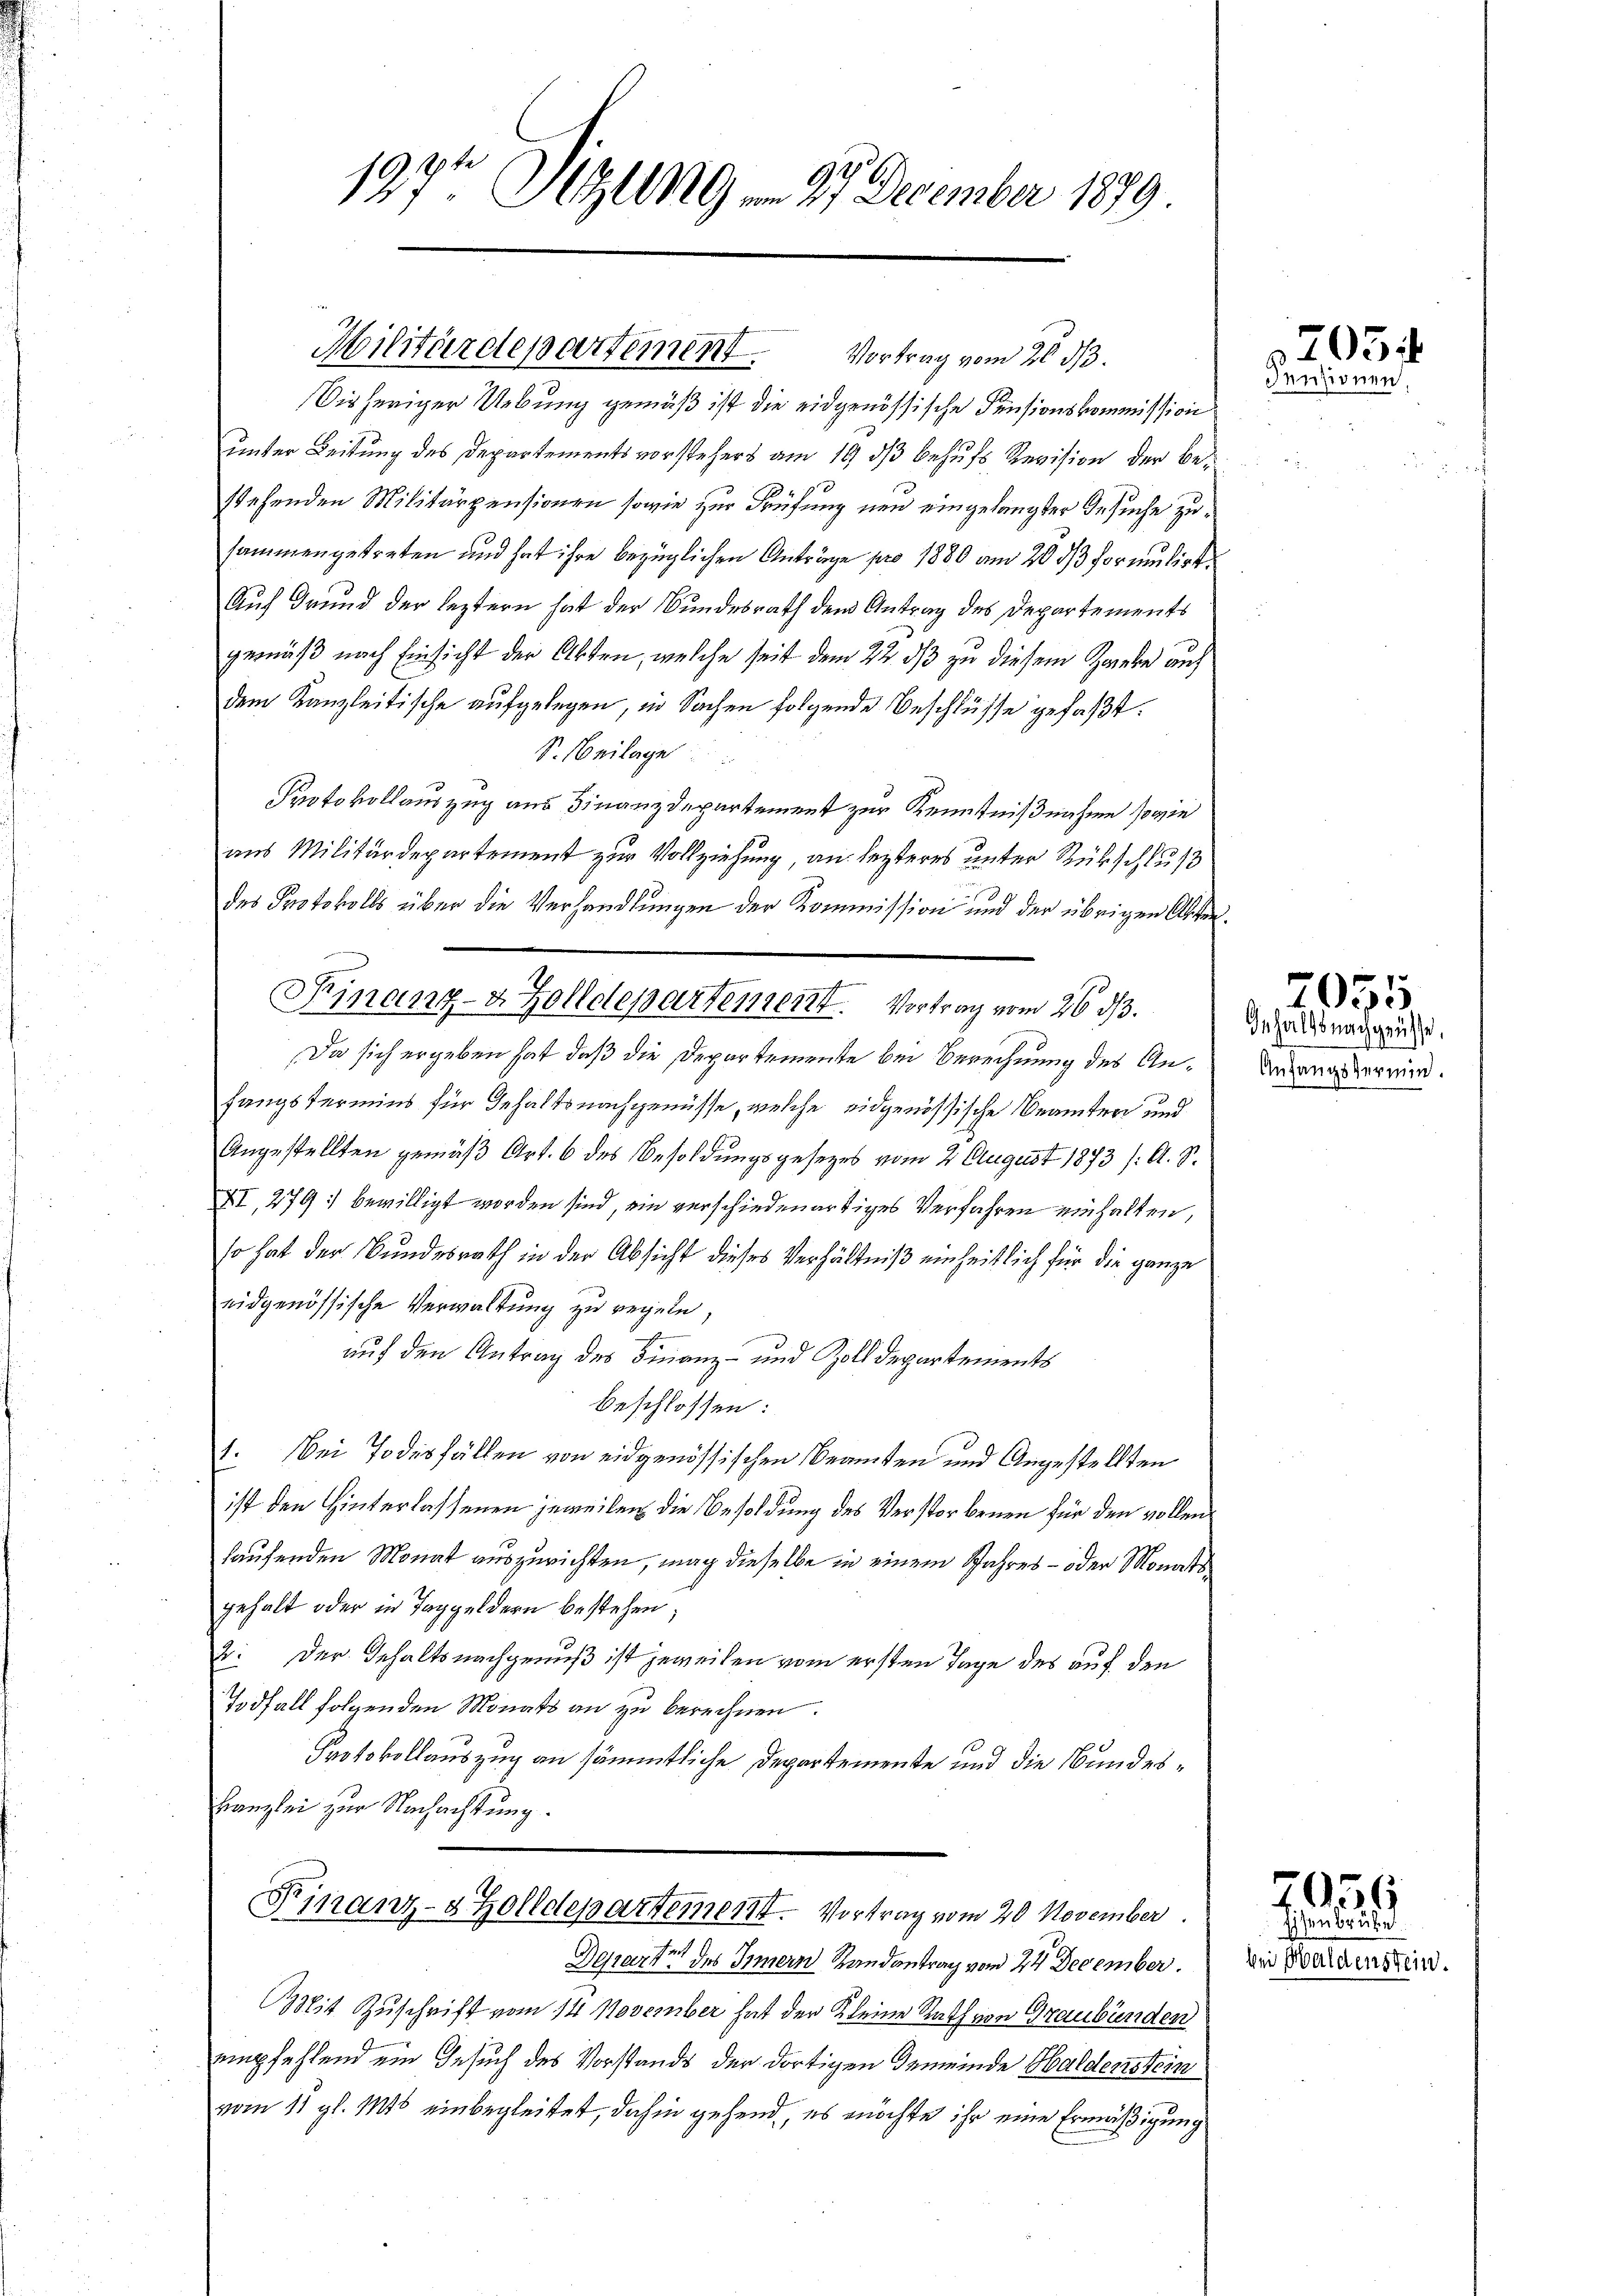
Disheriger Uebung gemäß ist die eidgenössische Pensionskommission
unter Leitung des Departementsvorstehers am 19. ds behufs Revision der Bestehenden Militärpensionen sowie zur Prüfung neu eingelangter Gesuche zusammengetreten und hat ihre bezüglichen Anträge pro 1880 am 20. ds formulirt.
Auf Grund der leztern hat der Bundesrath dem Antrag des Departements
gemäß nach Einsicht der Akten, welche seit dem 22. ds zu diesem Zwiebe auf
dem Kanzleitische aufgelegen, in Sachen folgende Beschlüsse gefaßt:
S. Beilage
Protokollauszug aus Finanzdepartement zur Kenntnißnahme sowie
aus Militärdepartement zur Vollziehung, an lezteres unter Rückschluß
des Protokolls über die Verhandlungen der Kommission und der übrigen Absten
Da sich ergeben hat, daß die Departemente bei Berechnung des Anfangstermins für Gehalts nachgenüsse, welche eidgenössische Beamten und
Angestellten gemäß Art. 6 des Besoldungsgesezes vom 2 August 1873 /: A. S.
XI, 279) bewilligt worden sind, ein verschiedenartiges Verfahren einhalten,
so hat der Bundesrath in der Absicht dieses Verhältniß einheitlich für die ganze
eidgenössische Verwaltung zu regeln,
auf den Antrag des Finanz- und Zolldepartements
beschlossen:
1. Bei Todesfällen von eidgenössischen Beamten und Angestellten
ist den Hinterlassenen jeweilen die Besoldung des Verstorbenen für den vollen
laufenden Monat auszurichten, mag dieselbe in einem Jahres – oder Monatsgehalt oder in Taggeldern bestehen;
2: Der Gehaltsnachgenuß ist jeweilen vom ersten Tage des auf den
Todfall folgenden Monats an zu berechnen.
Protokollauszug an sämmtliche Departemente und die Bundes¬
Kanzlei zur Nachachtung.
Finanz-8 Zolldepartement. Vortrag vom 20. November
Derarte des Innern Landantrag vom 24 December. Die Wädensein.
Mit Zuschrift vom 14 November hat der Kleine Rath von Graubünden
empfehlend ein Gesuch des Vorstands der dortigen Gemeinde Haldenstein
vom 11 gl. 115 einbegleitet, dahin gehend, es möchte ihr eine Ermäßigung

197ten Sitzung v. 27 December 1879

Militärdepartement. Vortrag vom 20. ds.

Finanz-4 Zolldepartement. Vortrag vom 26. d.

2051
densionen,

Inhaltsnach grüsse.
Anfangstermin.

56

7055

Eisenberuhe